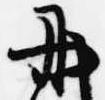
丹